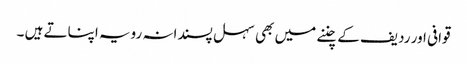
قوافی اور ردیف کے چننے میں بھی سہل پسندانہ رویہ اپناتے ہیں ۔